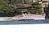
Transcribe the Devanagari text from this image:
टप्प्यामधील